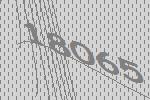
18065